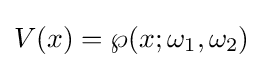
V(x)=\wp (x;\omega _{1},\omega _{2})